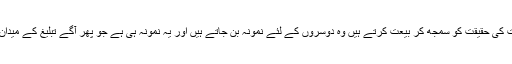
پس جو بیعت کی حقیقت کو سمجھ کر بیعت کرتے ہیں وہ دوسروں کے لئے نمونہ بن جاتے ہیں اور یہ نمونہ ہی ہے جو پھر آگے تبلیغ کے میدان کھولتا ہے۔